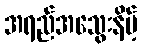
အရည်အသွေးနိမ့်